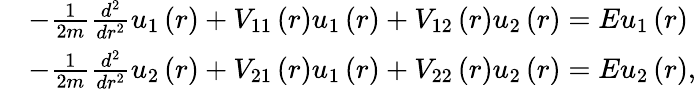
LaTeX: \begin{array}{rl}&{-\frac{1}{2m}\frac{d^{2}}{dr^{2}}u_{1}\left(r\right)+V_{11}\left(r\right)u_{1}\left(r\right)+V_{12}\left(r\right)u_{2}\left(r\right)=Eu_{1}\left(r\right)}\\ &{-\frac{1}{2m}\frac{d^{2}}{dr^{2}}u_{2}\left(r\right)+V_{21}\left(r\right)u_{1}\left(r\right)+V_{22}\left(r\right)u_{2}\left(r\right)=Eu_{2}\left(r\right),}\end{array}